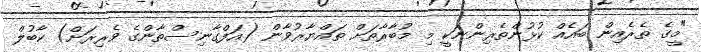
"މީގެ ތެރެއިން ބައެއް ކުޅުންތެރިންނަކީ މި މުބާރާތަށް ތައްޔާރުވާން (އަފްގާނިސްތާންގެ ވެރިރަށް) ކާބުލް